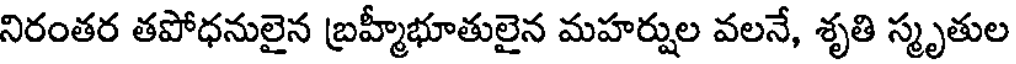
నిరంతర తపోధనులైన బ్రహ్మీభూతులైన మహర్షుల వలనే, శృతి స్మృతుల